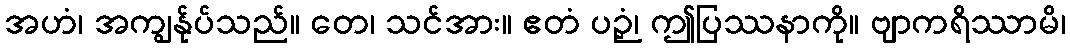
အဟံ၊ အကျွန်ုပ်သည်။ တေ၊ သင်အား။ ဧတံ ပဉှံ၊ ဤပြဿနာကို။ ဗျာကရိဿာမိ၊